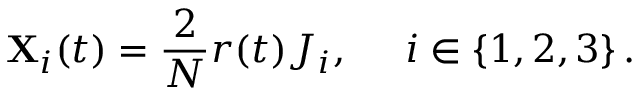
{ \bf X } _ { i } ( t ) = { \frac { 2 } { N } } r ( t ) J _ { i } , \; \; \; \; \; i \in \{ 1 , 2 , 3 \} \, .